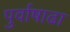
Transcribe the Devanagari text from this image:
पुर्वाषाढा